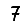
Digit: 7